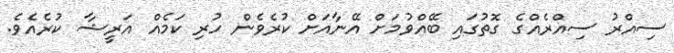
ސިއްރު ސިއްރެއްގެ ގޮތުގައި ބޭއްވުމަށް އޭނާއަށް ކުރެވެން ހުރި ކަމެއް އަރީޝާ ކުރެއެވެ.